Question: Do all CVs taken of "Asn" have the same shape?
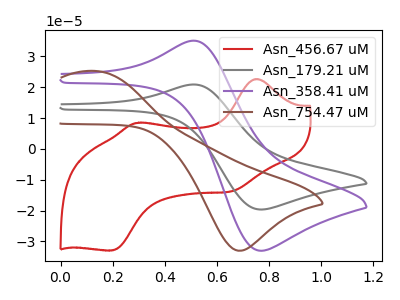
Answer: <think>The red curve "Asn_456.67 uM" has anodic peaks at (0.75V, 22.65uA) (0.30V, 8.45uA) and cathodic peaks at (0.65V, -13.80uA) (0.20V, -32.95uA). The gray curve "Asn_179.21 uM" has an anodic peak at (0.50V, 20.90uA) and a cathodic peak at (0.75V, -19.65uA). The purple curve "Asn_358.41 uM" has an anodic peak at (0.50V, 35.10uA) and a cathodic peak at (0.75V, -33.05uA). The brown curve "Asn_754.47 uM" has an anodic peak at (0.15V, 25.25uA) and a cathodic peak at (0.70V, -33.05uA).
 "Asn_456.67 uM" and "Asn_179.21 uM" have a different number of peaks. "Asn_456.67 uM" and "Asn_358.41 uM" have a different number of peaks. "Asn_456.67 uM" and "Asn_754.47 uM" have a different number of peaks. All the peaks in "Asn_179.21 uM" have a peak in "Asn_358.41 uM" at the same potential. Every peak in "Asn_179.21 uM" is lower than every peak in "Asn_358.41 uM". "Asn_179.21 uM" and "Asn_754.47 uM" have at least one peak that do not match. "Asn_358.41 uM" and "Asn_754.47 uM" have at least one peak that do not match.</think>
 <answer>All the CV's of "Asn" have similar shape.</answer>
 <eval>follow_rule</eval>